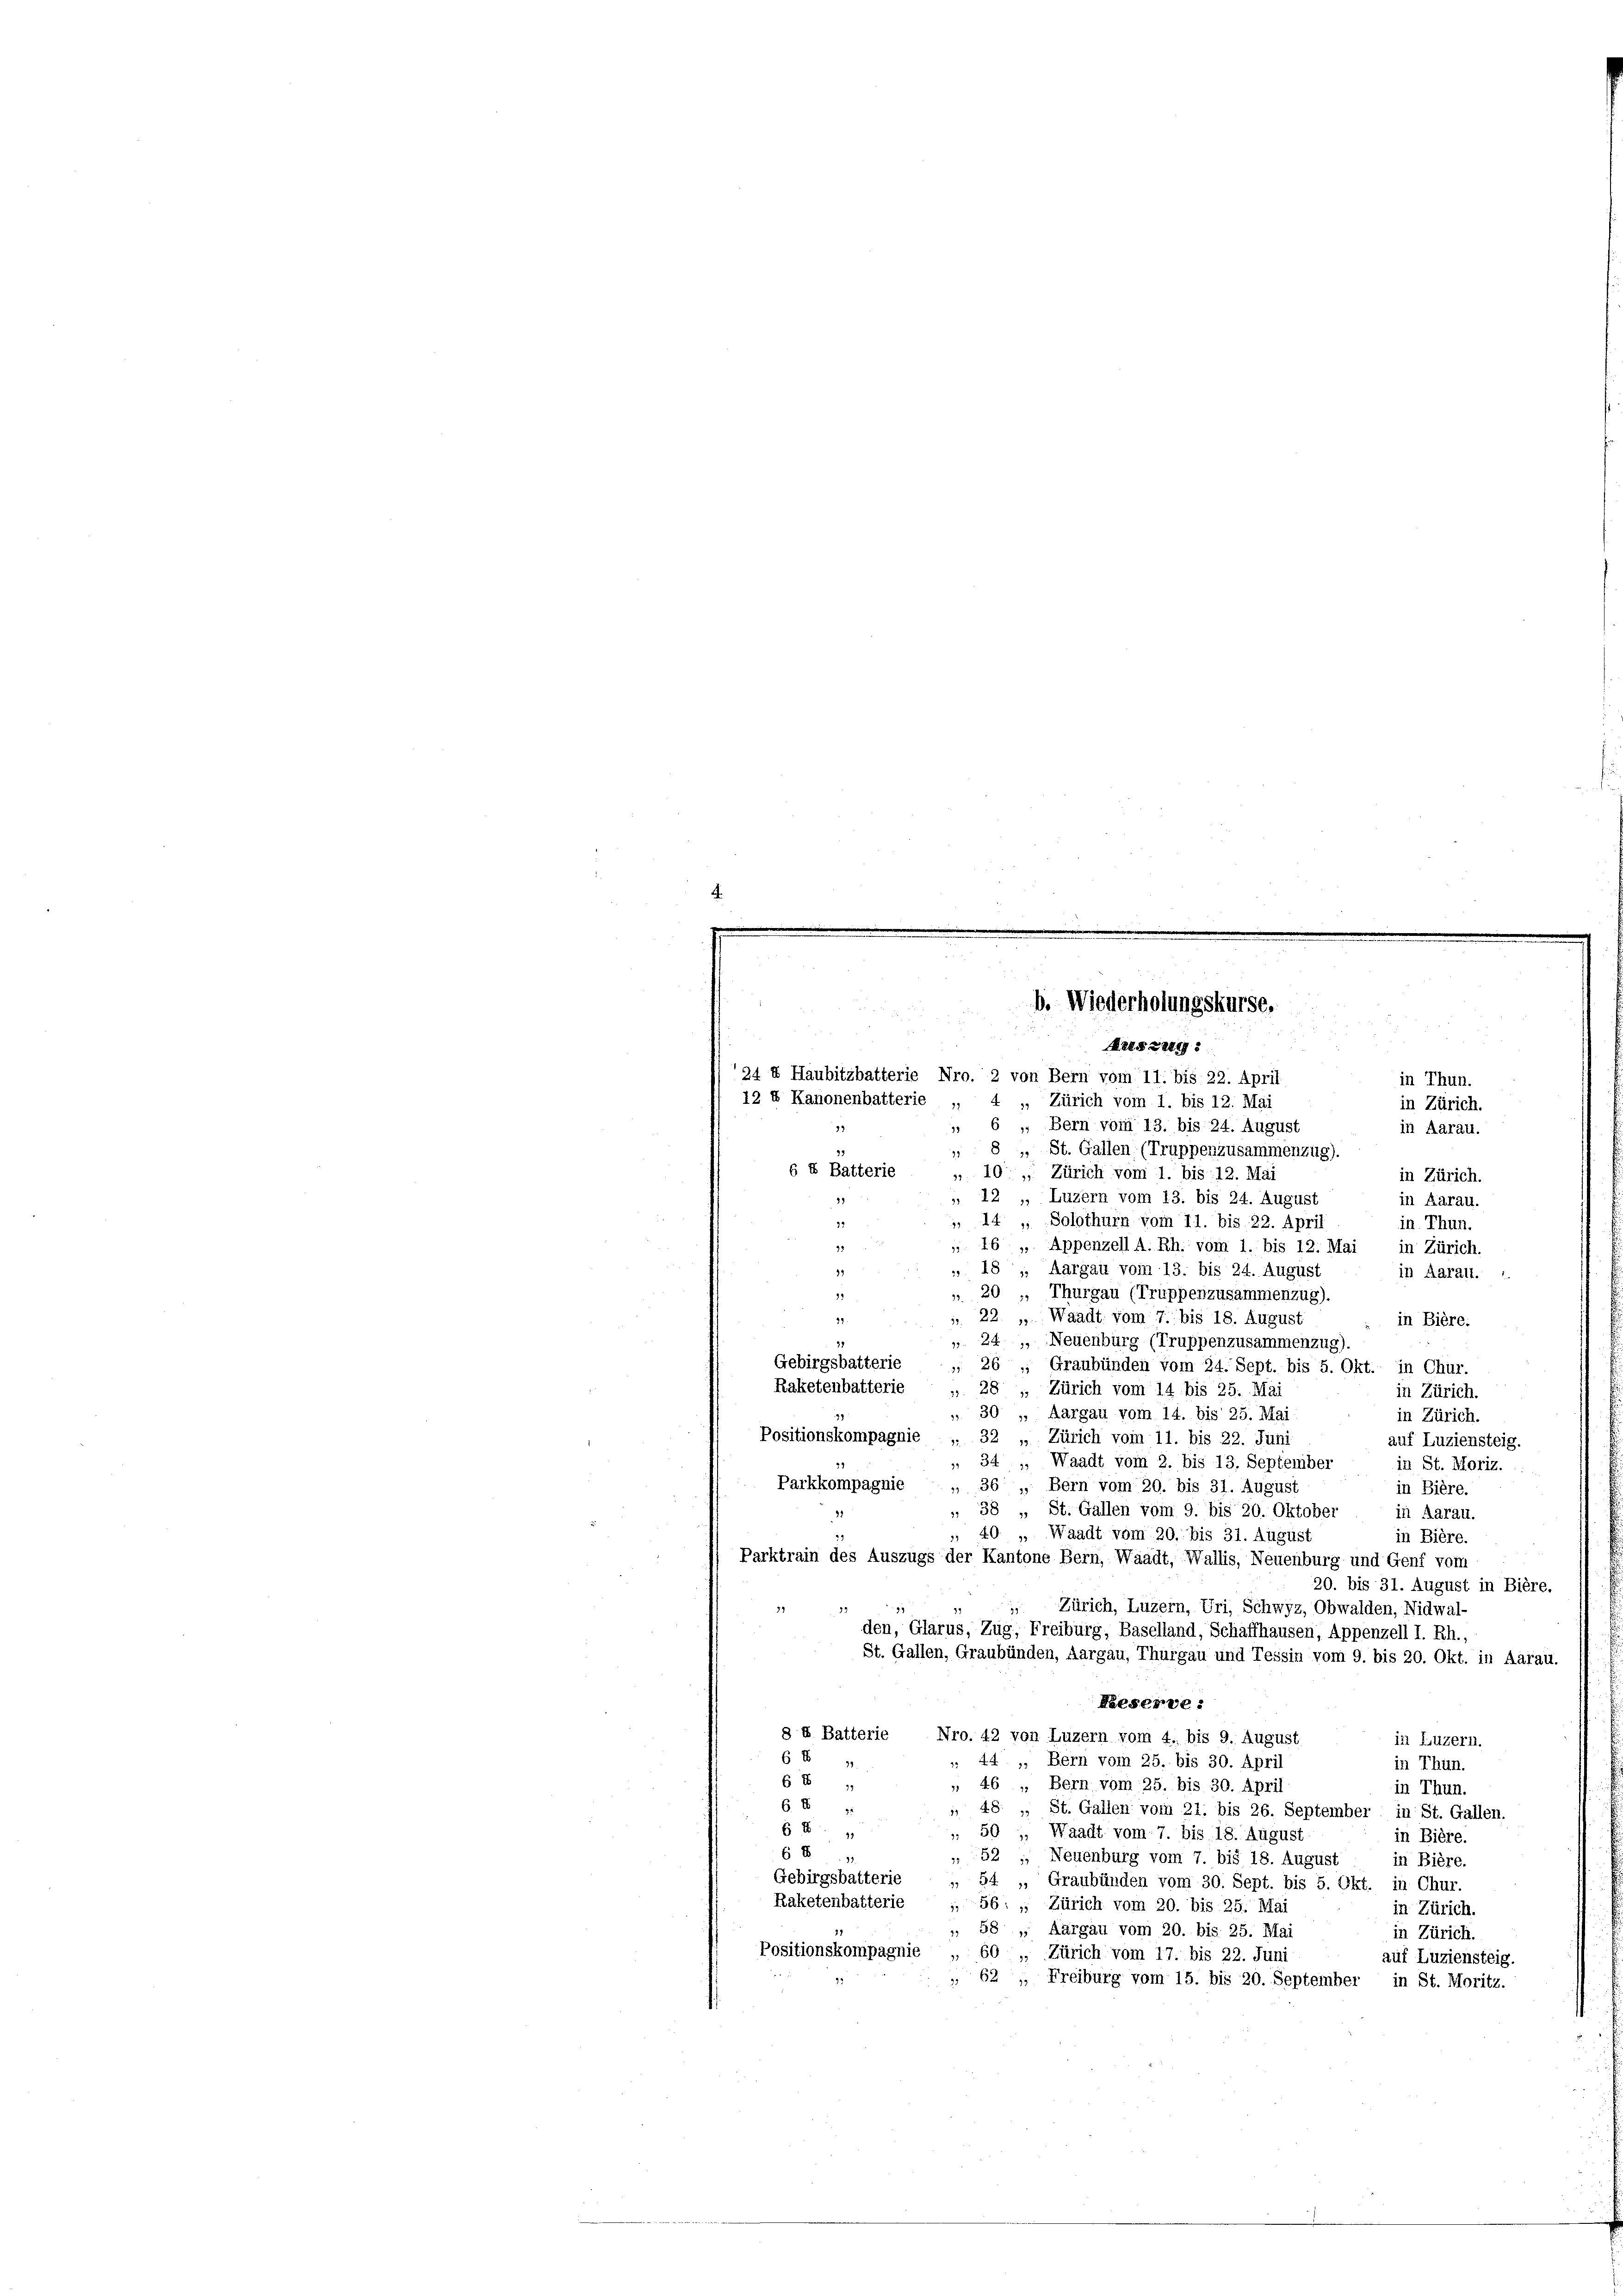
Aeszug:
124 4 Haubitzbatterie Nro. 2 von Bern vom 11. bis 22. April
in Thun.
12 I Kanonenbatterie „
4 „ Zürich vom 1. bis 12. Mai
in Zürich.
* 6 „ Bern vom 13. bis 24. August
in Aarau.
 8 „ St. Gallen (Truppenzusammenzug).
6 X Batterie
„ 10. „ Zürich vom 1. bis 12. Mai
in Zürich.
 12 „ Luzern vom 13. bis 24. August
in Aarau.
72
 14 " Solothurn vom 11. bis 22. April
in. Thun.
77
 16 „ Appenzell A. Rh. vom 1. bis 12. Mai, in Zürich.
 18, Aargau vom 13. bis 24. August
2
in Aarau.
20 „ Thurgau (Truppenzusammenzug).
.
32.
. 22. „ Waadt vom 7. bis 18. August
in Biere.
21.
 24, Neuenburg (Truppenzusammenzug).
75
Gebirgsbatterie „ 26 „ Graubünden vom 24. Sept. bis 5. Okt. in Chur.
Raketenbatterie „ 28 „ Zürich vom 14 bis 25. Mai
in Zürich.
 30 „ Aargau vom 14. bis 25. Mai:
in Zürich.
Positionskompagnie „ 32 „Zürich vom 11. bis 22. Juni
auf Luziensteig.
 34 „ Waadt vom 2. bis 13. September
in St. Moriz.
Parkkompagnie „ 36, Bern vom 20. bis 31. August
in Biere.
 38 „ St. Gallen vom 9. bis 20. Oktober
in Aarau.
40 „ Waadt vom 20. bis 31. August
33
in Biere.
Parktrain des Auszugs der Kantone Bern, Waadt, Wallis, Neuenburg und Genf vom
20. bis 31. August in Bière.
 Zürich, Luzern, Uri, Schwyz, Obwalden, Nidwal-
den, Glarus, Zug, Freiburg, Baselland, Schaffhausen, Appenzell I. Rh.,
St. Gallen, Graubünden, Aargau, Thurgau und Tessin vom 9. bis 20. Okt. in Aarau.
Reserve:
§ 4 Batterie Nro. 42 von Luzern vom 4. bis 9. August
in Luzern.
68 4
 44 „ Bern vom 25. bis 30. April
in Thun.
68
 46 „Bern vom 25. bis 30. April,
in Thun.
68
 48. „ St. Gallen vom 21. bis 26. September in St. Gallen.
61
 50, Waadt vom 7. bis 18. August
in Biere.
68
52 ; Neuenburg vom 7. bis 18. August
in Bière.
Gebirgsbatterie  „ 54 „Graubünden vom 30. Sept. bis 5. Okt. in Chur.
Raketenbatterie „ 56: „ Zürich vom 20. bis 25. Mai
in Zürich.
 58 „ Aargau vom 20. bis 25. Mai
in Zürich.
Positionskompagnie „ 60 Zürich vom 17. bis 22. Juni
auf Luziensteig.
 62 " Freiburg vom 15. bis 20. September in St. Moritz.

b. Wiederholungskurse.